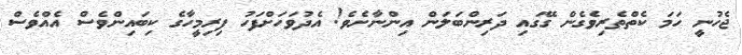
ޖެހުނީ ހަމަ ކެތްތެރިވެގެން ގޭގައި ދަރިންބަލަން އިންނާށެވެ! އެދުވަހަށްފަހު ފިރިމީހާގެ ކިބައިންވެސް އެއްވެސް